Scientific memoirs by medical officers of the Army of India - Part XII,
Year: 1901
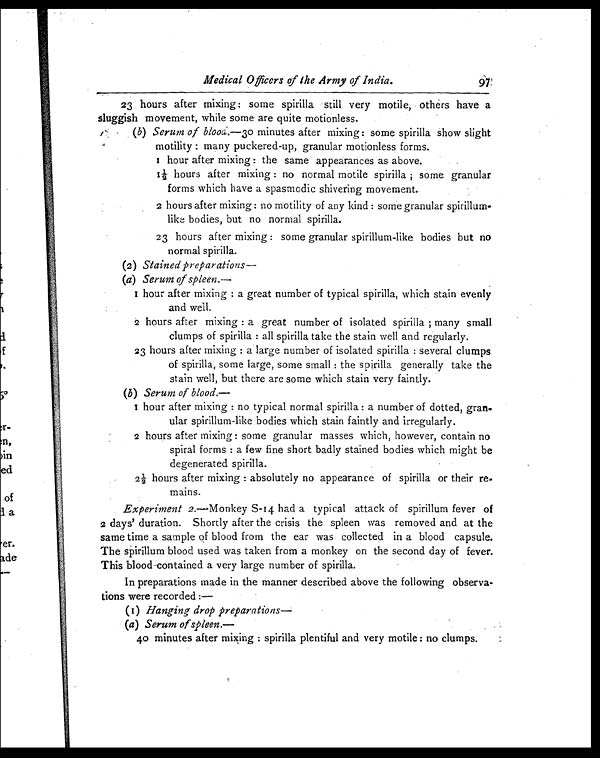
Medical Officers of the Army of India.
97
23 hours after mixing: some spirilla still very motile, others have a
sluggish movement, while some are quite motionless.
(b) Serum of blood.—30 minutes after mixing: some spirilla show slight
motility: many puckered-up, granular motionless forms.
1 hour after mixing: the same appearances as above.
1 ½ hours after mixing: no normal motile spirilla; some granular
forms which have a spasmodic shivering movement.
2 hours after mixing: no motility of any kind: some granular
spirillum- like bodies, but no normal spirilla.
23 hours after mixing: some granular spirillum-like bodies but no
normal spirilla.
(2) Stained preparations
—
(a) Serum of spleen.—
1 hour after mixing: a great number of typical spirilla, which stain evenly
and well.
2 hours after mixing: a great number of isolated spirilla; many small
clumps of spirilla: all spirilla take the stain well and regularly.
23 hours after mixing: a large number of isolated spirilla: several clumps
of spirilla, some large, some small: the spirilla generally take the
stain well, but there are some which stain very faintly.
(b) Serum of blood.—
1 hour after mixing: no typical normal spirilla: a number of dotted, gran
ular spirillum-like bodies which stain faintly and irregularly.
2 hours after mixing: some granular masses which, however, contain no
spiral forms: a few fine short badly stained bodies which might be
degenerated spirilla.
2 ½ hours after mixing: absolutely no appearance of spirilla or their re-
mains.
Experiment 2.—Monkey S-14 had a typical attack of spirillum fever of
2 days' duration. Shortly after the crisis the spleen was removed and at the
same time a sample of blood from the ear was collected in a blood capsule.
The spirillum blood used was taken from a monkey on the second day of fever.
This blood contained a very large number of spirilla.
In preparations made in the manner described above the following observa-
tions were recorded:—
(1) Hanging drop preparations—
(a) Serum of spleen.—
40 minutes after mixing: spirilla plentiful and very motile: no clumps.